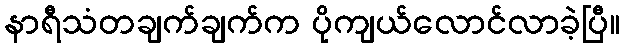
နာရီသံတချက်ချက်က ပိုကျယ်လောင်လာခဲ့ပြီ။